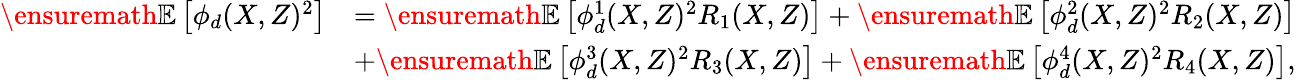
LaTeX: \begin{array}{rl}{\ensuremath{\mathbb{E}\left[\phi_{d}(X,Z)^{2}\right]}}&{=\ensuremath{\mathbb{E}\left[\phi_{d}^{1}(X,Z)^{2}R_{1}(X,Z)\right]}+\ensuremath{\mathbb{E}\left[\phi_{d}^{2}(X,Z)^{2}R_{2}(X,Z)\right]}}\\ &{+\ensuremath{\mathbb{E}\left[\phi_{d}^{3}(X,Z)^{2}R_{3}(X,Z)\right]}+\ensuremath{\mathbb{E}\left[\phi_{d}^{4}(X,Z)^{2}R_{4}(X,Z)\right]},}\end{array}